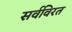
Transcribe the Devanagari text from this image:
सर्वविरत